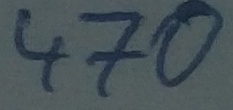
Text: 470